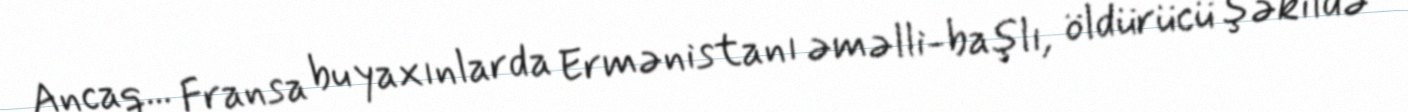
Ancaq... Fransa bu yaxınlarda Ermənistanı əməlli-başlı, öldürücü şəkildə